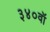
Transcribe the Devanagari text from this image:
३४०वॉ